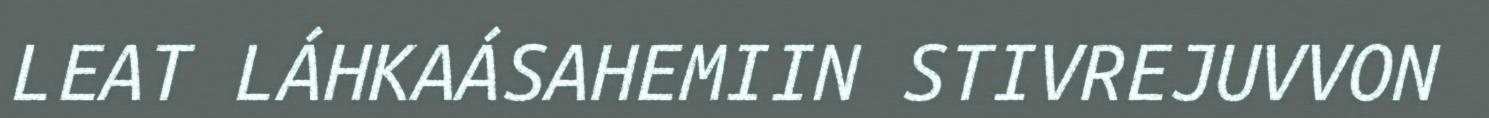
LEAT LÁHKAÁSAHEMIIN STIVREJUVVON